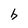
Character: b